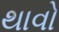
થાવો